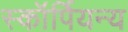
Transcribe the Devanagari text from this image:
स्कॉर्पियन्य